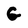
Character: G